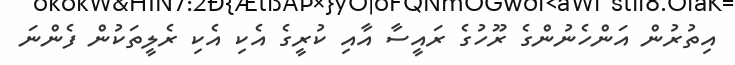
އިތުރުން އަންހެނުންގެ ރޫހުގެ ރައީސާ އާއި ކުރީގެ އެކި އެކި ރެލީތަކުން ފެންނަ